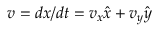
\boldsymbol { v } = d \boldsymbol { x } / d t = v _ { x } \boldsymbol { \hat { x } } + v _ { y } \boldsymbol { \hat { y } }